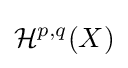
{\mathcal {H}}^{p,q}(X)